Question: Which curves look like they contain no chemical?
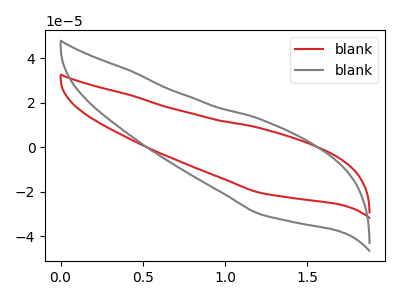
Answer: <think>The red curve "blank1" has no peaks. The gray curve "blank2" has no peaks.</think>
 <answer>"blank1" and "blank2" are likely to be blanks.</answer>
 <eval>"blank1", "blank2"</eval>